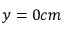
y = 0 c m